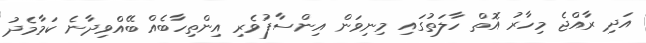
އަދި ރާއްޖެ މިހާރު އޮތް ހާލަތުގައި މިނިވަން އިންސާފުވެރި އިންތިހާބެއް ބޭއްވިދާނެ ކަމާމެދު